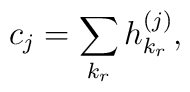
c_j = \sum_{k_r} h^{(j)}_{k_r},